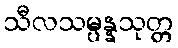
သီလသမ္ပန္နသုတ္တ